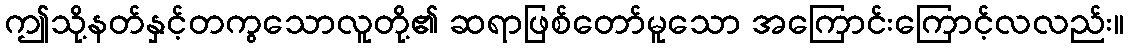
ဤသို့နတ်နှင့်တကွသောလူတို့၏ ဆရာဖြစ်တော်မူသော အကြောင်းကြောင့်လလည်း။